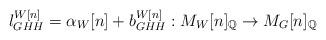
LaTeX: \begin{align*}l^{W[n]}_{GHH}=\alpha _W[n]+b^{W[n]}_{GHH}:M_W[n]_{\mathbb Q}\to M_G[n]_{\mathbb Q}\end{align*}